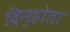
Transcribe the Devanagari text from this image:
दिन्होता